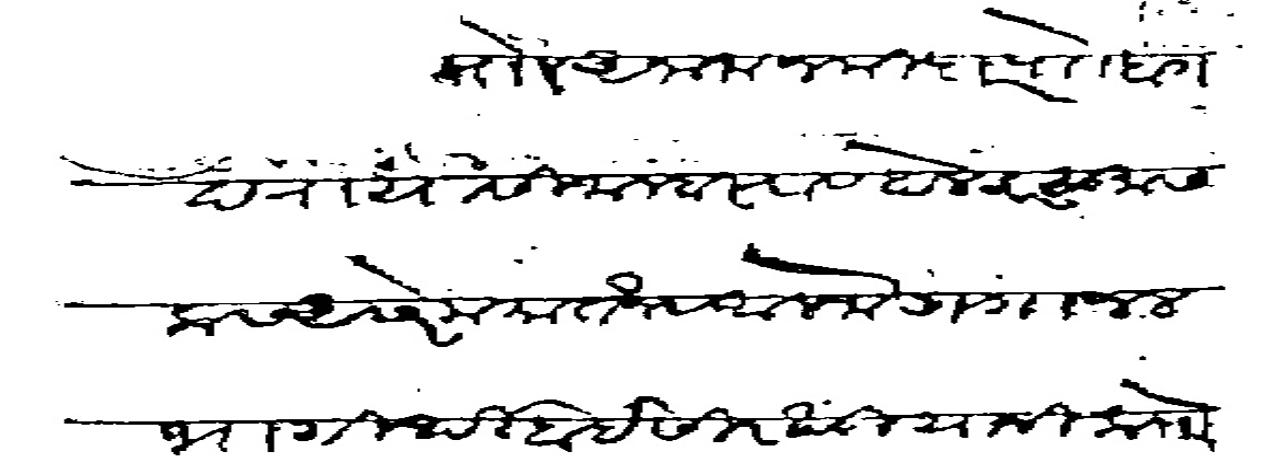
Transliteration (Devanagari): मा अनाम जमिदार पाो बागदरा यासी मल्हारराव होलकर सु सलास असेर मयातैन व अलफे गंगाजल भागीर्थीबाई सिरखंडी यांनी क